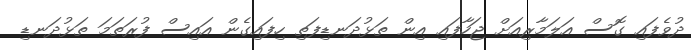
ދުވެފައި ގޮސް އަލަމާރިއަށް ޖަހާފައި އިން ތަޅުދަނޑިފަތި ހިފައިގެން އައިސް ފުރަތަމަ ތަޅުދަނޑި